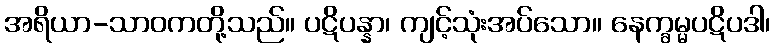
အရိယာ-သာဝကတို့သည်။ ပဋိပန္နာ၊ ကျင့်သုံးအပ်သော။ နေက္ခမ္မပဋိပဒါ၊